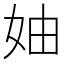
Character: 妯